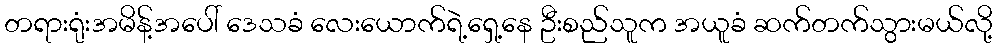
တရားရုံးအမိန့်အပေါ် ဒေသခံ လေးယောက်ရဲ့ရှေ့နေ ဦးစည်သူက အယူခံ ဆက်တက်သွားမယ်လို့